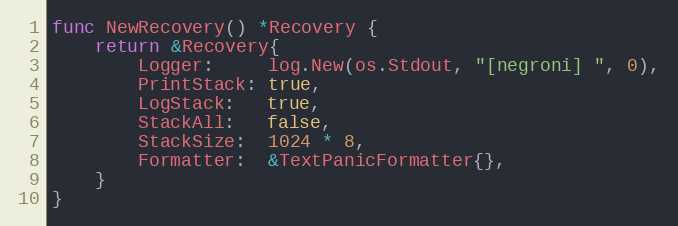
Language: Go
func NewRecovery() *Recovery {
	return &Recovery{
		Logger:     log.New(os.Stdout, "[negroni] ", 0),
		PrintStack: true,
		LogStack:   true,
		StackAll:   false,
		StackSize:  1024 * 8,
		Formatter:  &TextPanicFormatter{},
	}
}